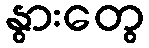
နွားတွေ